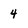
Character: 4